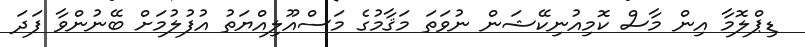
ޑިޕްލޮމާ އިން މާސް ކޮމިއުނިކޭޝަން ނުވަތަ މަޤާމުގެ މަސްއޫލިއްޔަތު އުފުލުމަށް ބޭނުންވާ ފަދަ